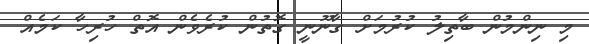
މި ނިންމުން ބާތިލު ކުރުމަށް ގާނޫނީ ގޮތުން ކުރެވެން އޮތް ހުރިހާ ކަމެއް